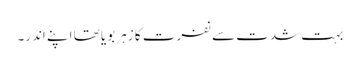
بہت شدت سے نفرت کا زہر بویا تھا اپنے اندر۔